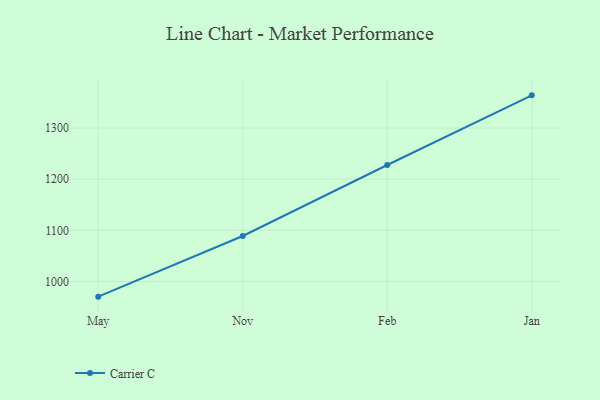
{"axis": {"x": "Month", "y": "Customer Acquisition Cost (USD)"}, "legend": ["Carrier C"], "data": [{"x": "May", "y": 970.3, "type": "Carrier C"}, {"x": "Nov", "y": 1088.9, "type": "Carrier C"}, {"x": "Feb", "y": 1227.7, "type": "Carrier C"}, {"x": "Jan", "y": 1363.9, "type": "Carrier C"}]}